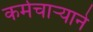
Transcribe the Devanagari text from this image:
कर्मचार्‍याने